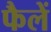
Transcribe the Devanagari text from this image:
फैलें